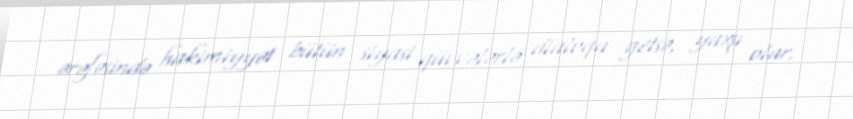
ərəfəsində hakimiyyət bütün siyasi qüvvələrlə dialoqa getsə, yaxşı olar.